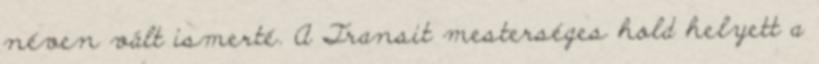
néven vált ismerté. A Transit mesterséges hold helyett a